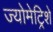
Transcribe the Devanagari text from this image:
ज्योमेट्रिशे